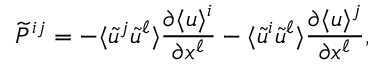
\widetilde { P } ^ { i j } = - \langle { \tilde { u } ^ { j } \tilde { u } ^ { \ell } } \rangle \frac { \partial \langle { u } \rangle ^ { i } } { \partial x ^ { \ell } } - \langle { \tilde { u } ^ { i } \tilde { u } ^ { \ell } } \rangle \frac { \partial \langle { u } \rangle ^ { j } } { \partial x ^ { \ell } } ,